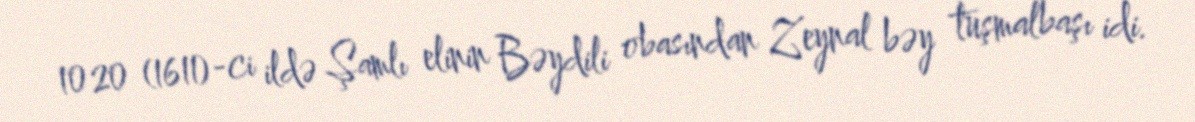
1020 (1611)-ci ildə Şamlı elinin Bəydili obasından Zeynal bəy tuşmalbaşı idi.